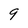
Character: 9